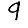
Digit: 9